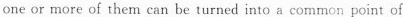
one or more of them can be turned into a common point of